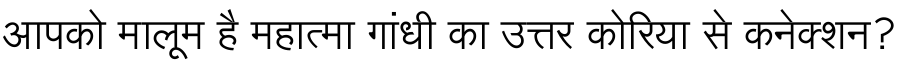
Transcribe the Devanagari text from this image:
आपको मालूम है महात्मा गांधी का उत्तर कोरिया से कनेक्शन?